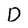
Character: D